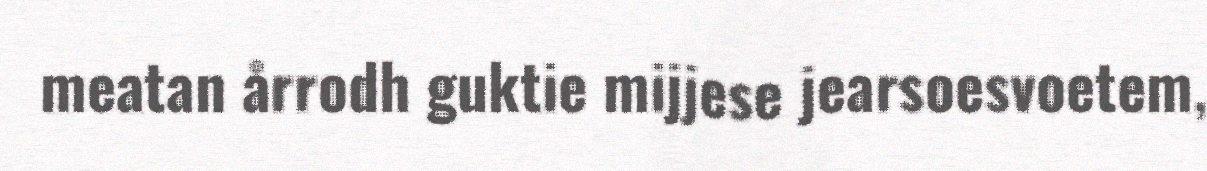
meatan årrodh guktie mijjese jearsoesvoetem,